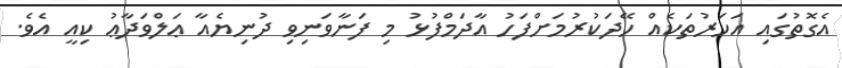
އެގޮތުގައި އަހަރުތަކެއް ހޭދަކުރުމަށްފަހު އާދަމްފުޅު މި ފަނާވަނިވި ދުނިޔެއާ ޢަލްވަދާޢު ކިއީ އެވެ.